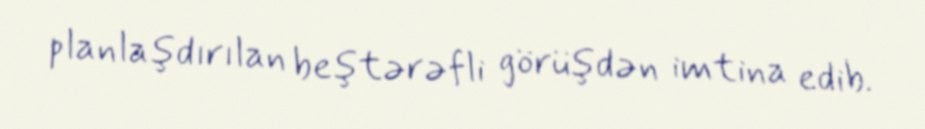
planlaşdırılan beştərəfli görüşdən imtina edib.